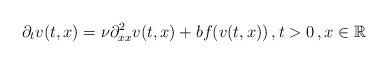
LaTeX: \begin{align*} \partial_t v(t,x) = \nu \partial_{xx}^2 v(t,x) + bf(v(t,x))\, , t > 0\, , x\in\Bbb R \end{align*}